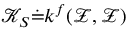
\mathcal { K } _ { S } \dot { = } k ^ { f } ( \mathcal { Z } , \mathcal { Z } )